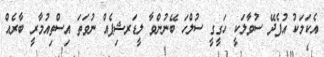
އެކަމަކު އުފެދޭ ސުވާލަކީ ހަގީގީ ސުލްހަ ބޭނުންވާ ލީޑަރޝިޕެއް ނުވަތަ އިސްތިއުމާރީ ބާރެއް